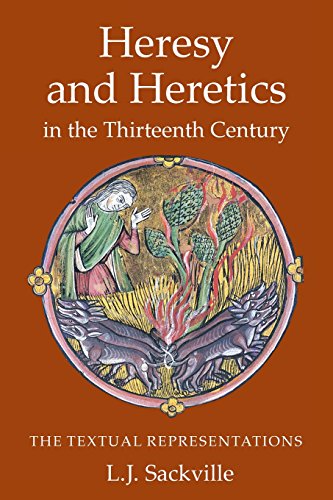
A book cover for Heresy and Heretics in the Thirteenth Century (Heresy and Inquisition in the Middle Ages); L.J. Sackville; Literature & Fiction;